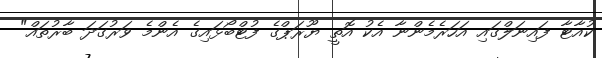
ކުއާޓާ ފައިނަލްގައި އަހަރެމެންނާ އެކު އޮތީ ޔޫރަޕްގެ ފުޓްބޯޅައިގެ އެންމެ ވަރުގަދަ ބާރުތައް"